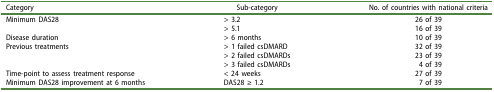
<table><thead><tr><td><b>Category</b></td><td><b>Sub-category</b></td><td><b>No. of countries with national criteria</b></td></tr></thead><tbody><tr><td>Minimum DAS28</td><td>&gt; 3.2</td><td>26 of 39</td></tr><tr><td> </td><td>&gt; 5.1</td><td>16 of 39</td></tr><tr><td>Disease duration</td><td>&gt; 6 months</td><td>10 of 39</td></tr><tr><td>Previous treatments</td><td>&gt; 1 failed csDMARD</td><td>32 of 39</td></tr><tr><td> </td><td>&gt; 2 failed csDMARDs</td><td>23 of 39</td></tr><tr><td> </td><td>&gt; 3 failed csDMARDs</td><td>4 of 39</td></tr><tr><td>Time-point to assess treatment response</td><td>&lt; 24 weeks</td><td>27 of 39</td></tr><tr><td>Minimum DAS28 improvement at 6 months</td><td>DAS28 ≥ 1.2</td><td>7 of 39</td></tr></tbody></table>